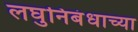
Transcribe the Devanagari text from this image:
लघुनिबंधाच्या